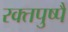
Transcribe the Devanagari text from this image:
रक्तपुष्पै